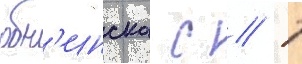
обн'инска с // Т